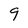
Character: 9